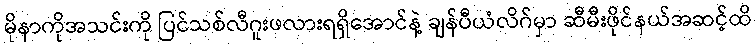
မိုနာကိုအသင်းကို ပြင်သစ်လီဂူးဖလားရရှိအောင်နဲ့ ချန်ပီယံလိဂ်မှာ ဆီမီးဖိုင်နယ်အဆင့်ထိ